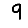
Digit: 9